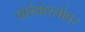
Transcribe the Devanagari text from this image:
वारंवारतांवर